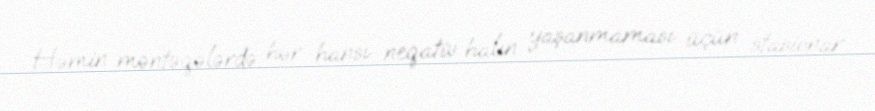
Həmin məntəqələrdə hər hansı neqativ halın yaşanmaması üçün stasionar